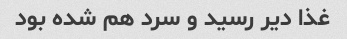
غذا دیر رسید و سرد هم شده بود